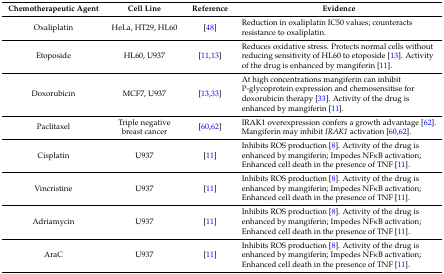
<table><thead><tr><td><b>Chemotherapeutic Agent</b></td><td><b>Cell Line</b></td><td><b>Reference</b></td><td><b>Evidence</b></td></tr></thead><tbody><tr><td>Oxaliplatin</td><td>HeLa, HT29, HL60</td><td>[48]</td><td>Reduction in oxaliplatin IC50 values; counteracts resistance to oxaliplatin.</td></tr><tr><td>Etoposide</td><td>HL60, U937</td><td>[11,13]</td><td>Reduces oxidative stress. Protects normal cells without reducing sensitivity of HL60 to etoposide [13]. Activity of the drug is enhanced by mangiferin [11].</td></tr><tr><td>Doxorubicin</td><td>MCF7, U937</td><td>[13,33]</td><td>At high concentrations mangiferin can inhibit P-glycoprotein expression and chemosensitise for doxorubicin therapy [33]. Activity of the drug is enhanced by mangiferin [11].</td></tr><tr><td>Paclitaxel</td><td>Triple negative breast cancer</td><td>[60,62]</td><td>IRAK1 overexpression confers a growth advantage [62]. Mangiferin may inhibit <i>IRAK1</i> activation [60,62].</td></tr><tr><td>Cisplatin</td><td>U937</td><td>[11]</td><td>Inhibits ROS production [8]. Activity of the drug is enhanced by mangiferin; Impedes NFκB activation; Enhanced cell death in the presence of TNF [11].</td></tr><tr><td>Vincristine</td><td>U937</td><td>[11]</td><td>Inhibits ROS production [8]. Activity of the drug is enhanced by mangiferin; Impedes NFκB activation; Enhanced cell death in the presence of TNF [11].</td></tr><tr><td>Adriamycin</td><td>U937</td><td>[11]</td><td>Inhibits ROS production [8]. Activity of the drug is enhanced by mangiferin; Impedes NFκB activation; Enhanced cell death in the presence of TNF [11].</td></tr><tr><td>AraC</td><td>U937</td><td>[11]</td><td>Inhibits ROS production [8]. Activity of the drug is enhanced by mangiferin; Impedes NFκB activation; Enhanced cell death in the presence of TNF [11].</td></tr></tbody></table>